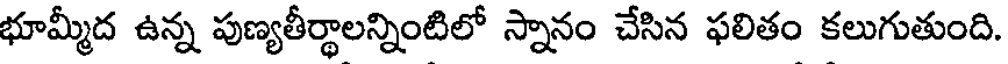
భూమ్మీద ఉన్న పుణ్యతీర్థాలన్నింటిలో స్నానం చేసిన ఫలితం కలుగుతుంది.